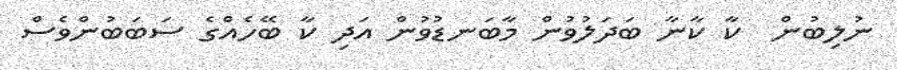
ނުލިބުން  ކާ ކާނާ ބަދަލުވުން މާބަނޑުވުން އަދި ކާ ބޭހެއްގެ ސަބަބުންވެސް